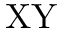
\mathrm { X Y }